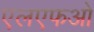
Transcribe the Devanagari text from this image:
एलएफओ